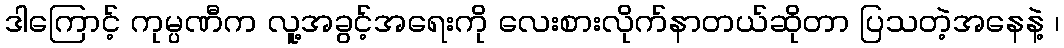
ဒါကြောင့် ကုမ္ပဏီက လူ့အခွင့်အရေးကို လေးစားလိုက်နာတယ်ဆိုတာ ပြသတဲ့အနေနဲ့ ၊